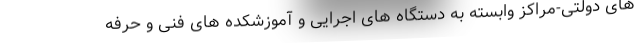
های دولتی-مراکز وابسته به دستگاه های اجرایی و آموزشکده های فنی و حرفه